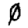
Digit: 0